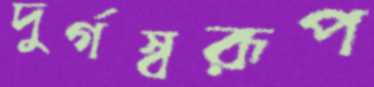
দুর্গস্বরূপ